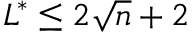
L ^ { * } \leq 2 { \sqrt { n } } + 2